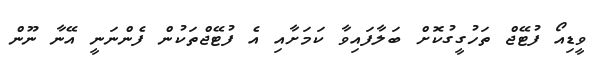
ވީޑިއޯ ފުޓޭޖް ތަހުގީގުކޮށް ބަލާފައިވާ ކަމަށާއި އެ ފުޓޭޖްތަކުން ފެންނަނީ އޭނާ ނޫން